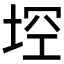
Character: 𱖳